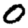
Digit: 0